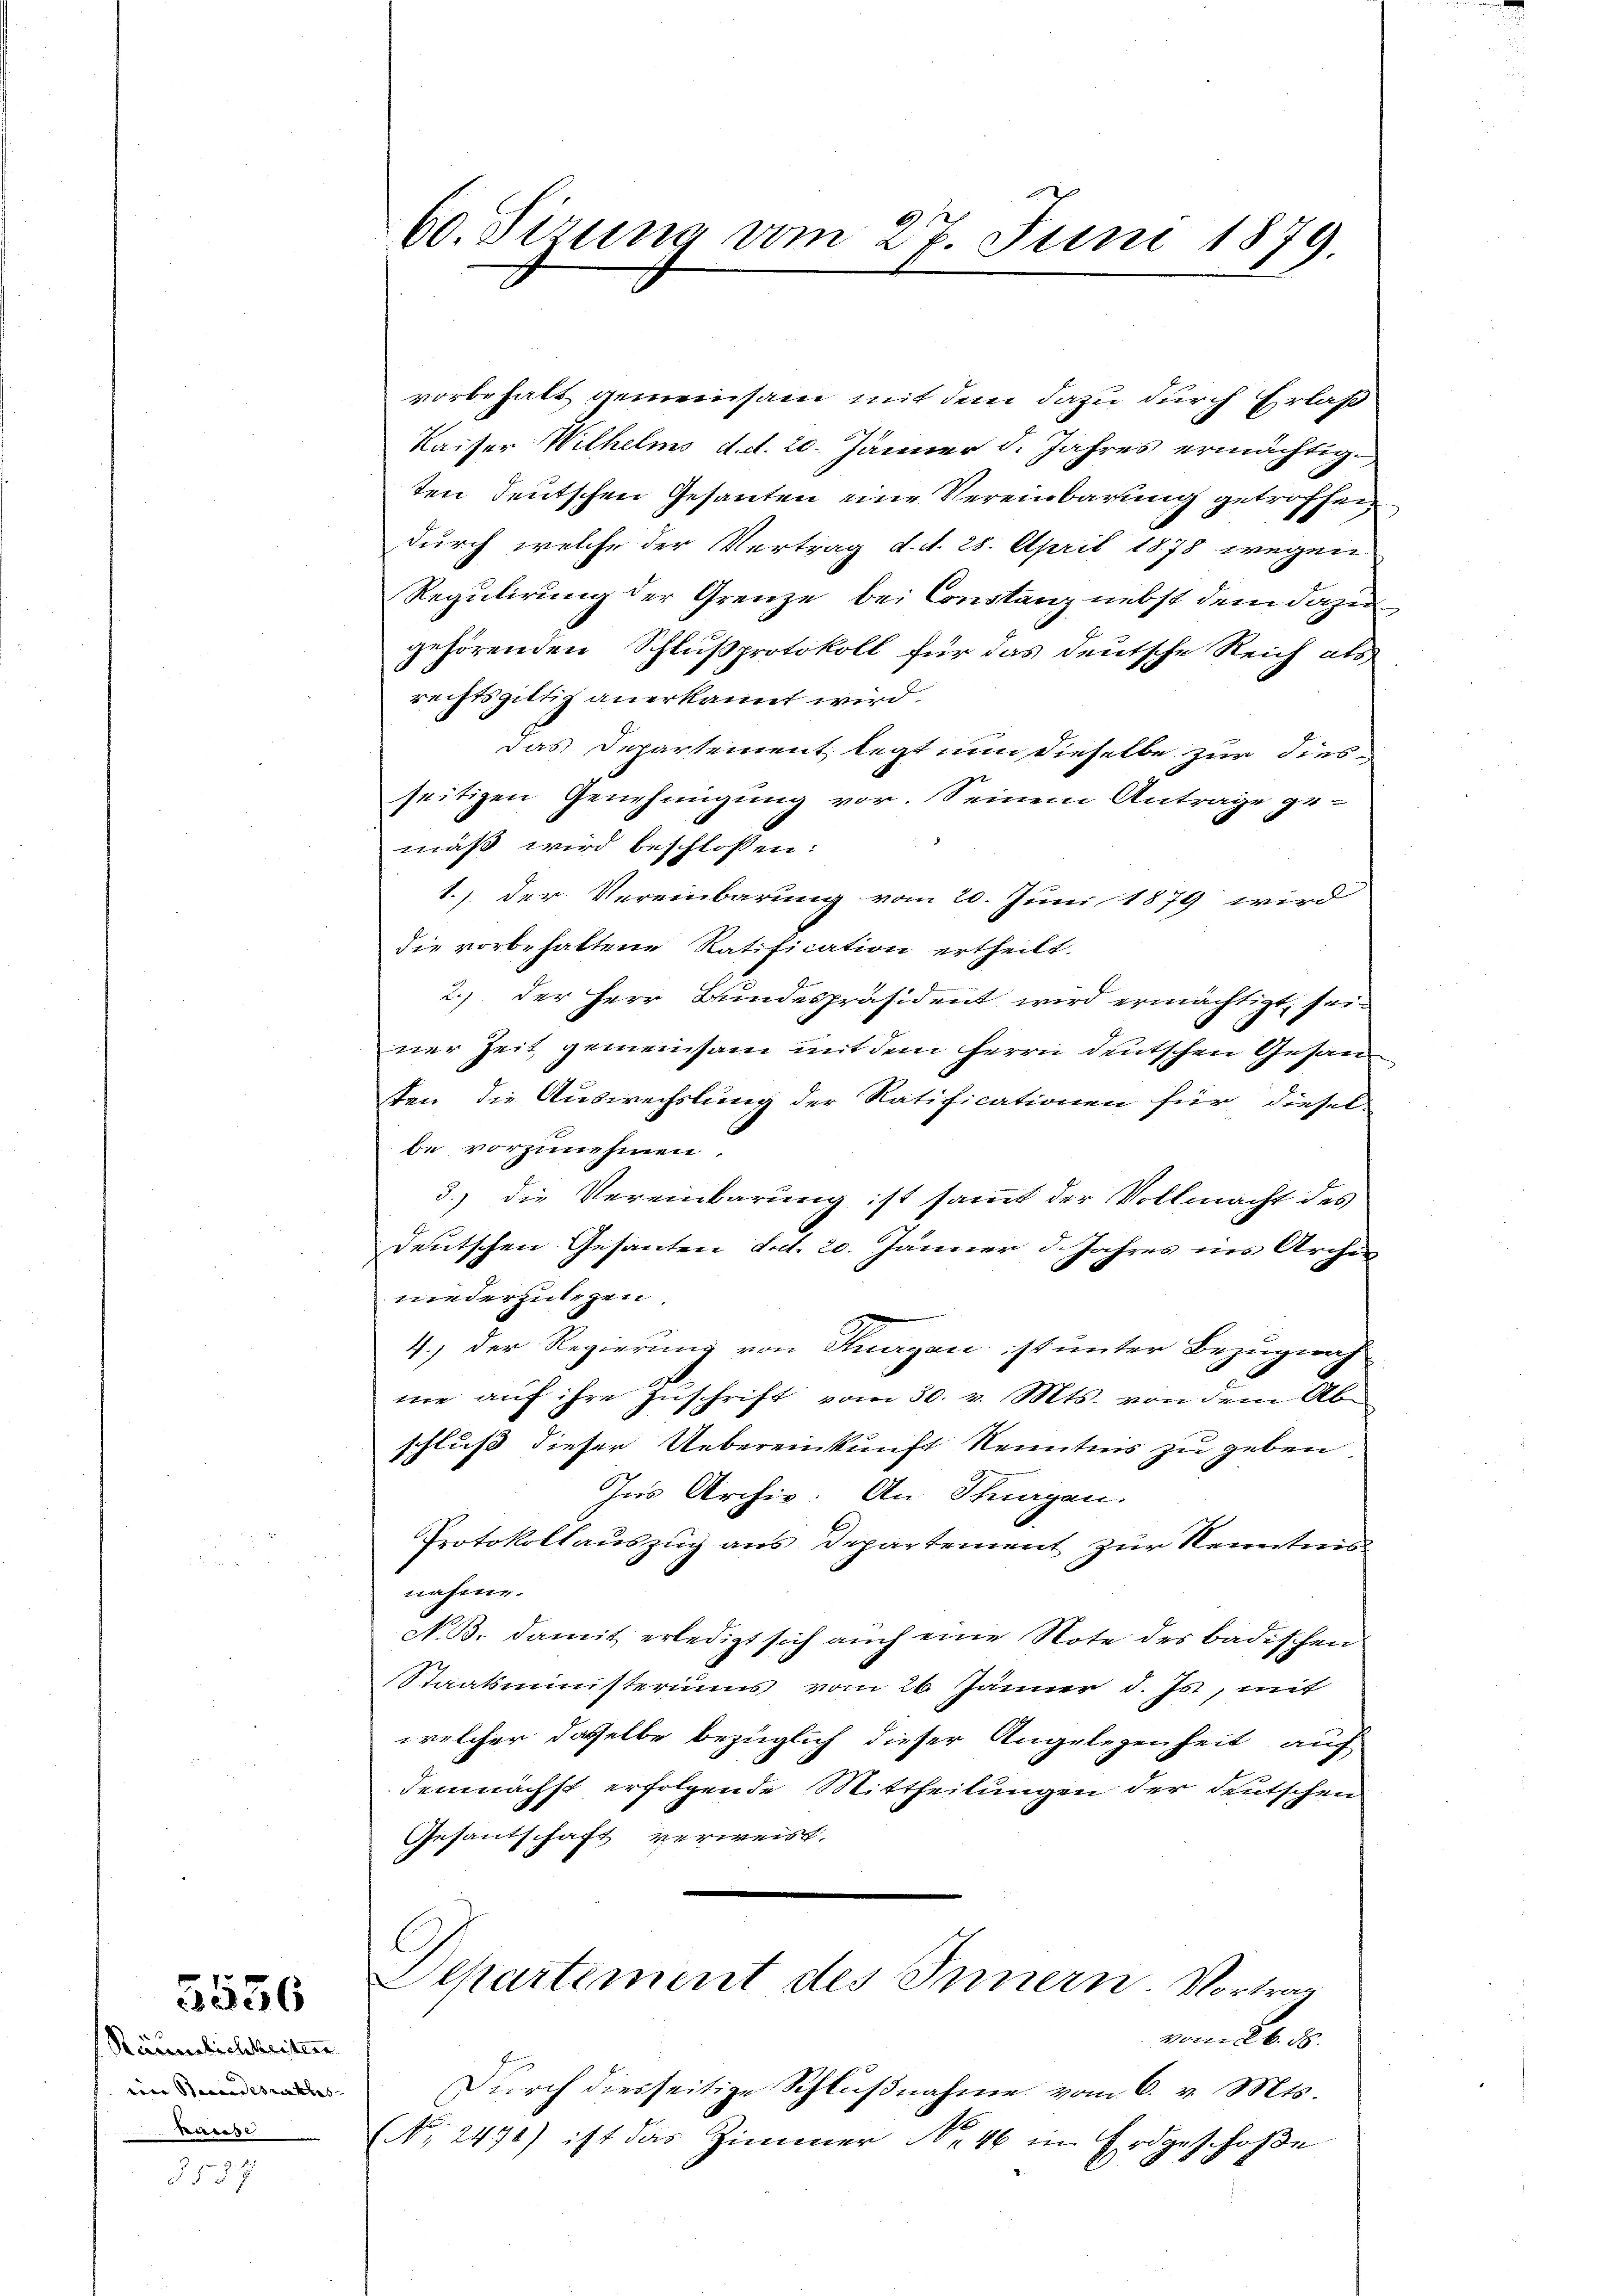
2536

Räumlichkeiten
mine Beendesraths- |
kurse

557

60. Sizung vom 27. Juni 1879.

vorbehalt gemeinsam mit dem dazu durch Erlaß
Kaiser Wilhelms d. d. 20. Jänner d. Jahres ermächtigten deutschen Gesanten eine Vereinbarung getroffen
durch welche der Vertrag d. d. 28. April 1878 wegen
Regulirung der Grenze bei Constanz nebst dem dazugehörenden Schlußprotokoll für das deutsche Reich als
rechtsgültig anerkannt wird.
das Departement legt nun dieselbe zur diesseitigen Genehmigung vor. Seinem Antrage gemaß wird beschlossen:
1.) der Vereinbarung vom 20. Juni 1879 wird
die vorbehaltene Ratification ertheilt.
2.) der Herr Bundespräsident wird ermächtigt, seiner Zeit gemeinsam mit dem Herrn Deutschen Gesandsten, die Auswechslung der Ratificationen für diesel-
be vorzunehmen
3.) die Vereinbarung ist sammt der Vollmacht des
deutschen Gesanten dat. 20. Jänner d. Jahres ins Archia
niederzulegen.
4.) Der Regierung von Thurgau ist unter Bezugnah
nie auf ihre Zuschrift vom 30. v. Mts. von dem Ab-
schluß dieser Uebereinkunft Kenntnis zu geben
Ins Archiv. An Thurgau.
Protokollauszug aus Departement zur Kenntnisnahme.
N. B. damit erledigt sich auch eine Note des badischen
Staatsministeriums vom 26. Jänner d. Js., mit
welcher dasselbe bezüglich dieser Angelegenheit, auf
demnächst erfolgende Mittheilungen der deutschen
Gesantschaft verweist.
Departement des Innern. Vortrag
vom 26. d.
Dŭrch diesseitige Schlŭβnahme vom 6. v. Mts.
(No 2471) ist das Zimmer Nr. 46 im Erdgeschoße